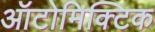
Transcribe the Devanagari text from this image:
ऑटोमिक्टिक